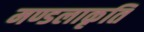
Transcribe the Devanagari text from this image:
मण्डलाकृति